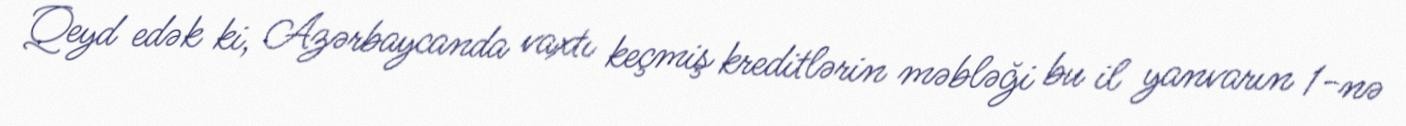
Qeyd edək ki, Azərbaycanda vaxtı keçmiş kreditlərin məbləği bu il yanvarın 1-nə